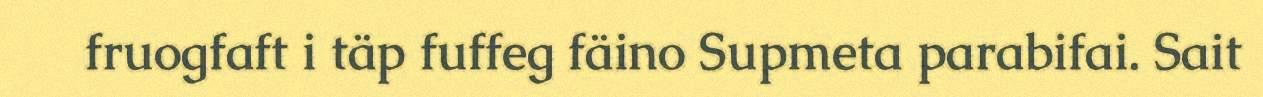
fruogfaft i täp fuffeg fäino Supmeta parabifai. Sait